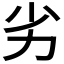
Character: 劣